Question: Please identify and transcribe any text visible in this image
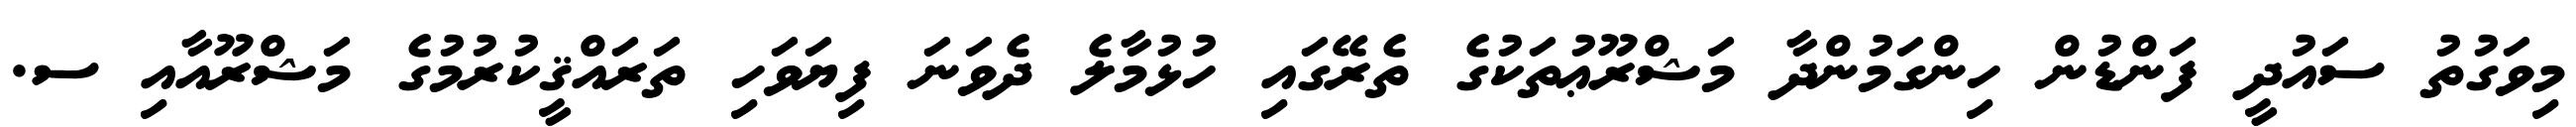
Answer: މިވަގުތު ސައުދީ ފަންޑުން ހިންގަމުންދާ މަޝްރޫޢުތަކުގެ ތެރޭގައި ހުޅުމާލެ ދެވަނަ ފިޔަވަހި ތަރައްޤީކުރުމުގެ މަޝްރޫއާއި ސ.